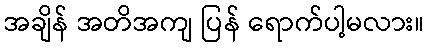
အချိန် အတိအကျ ပြန် ရောက်ပါ့မလား။